Report of the King Institute of Preventive Medicine, Guindy
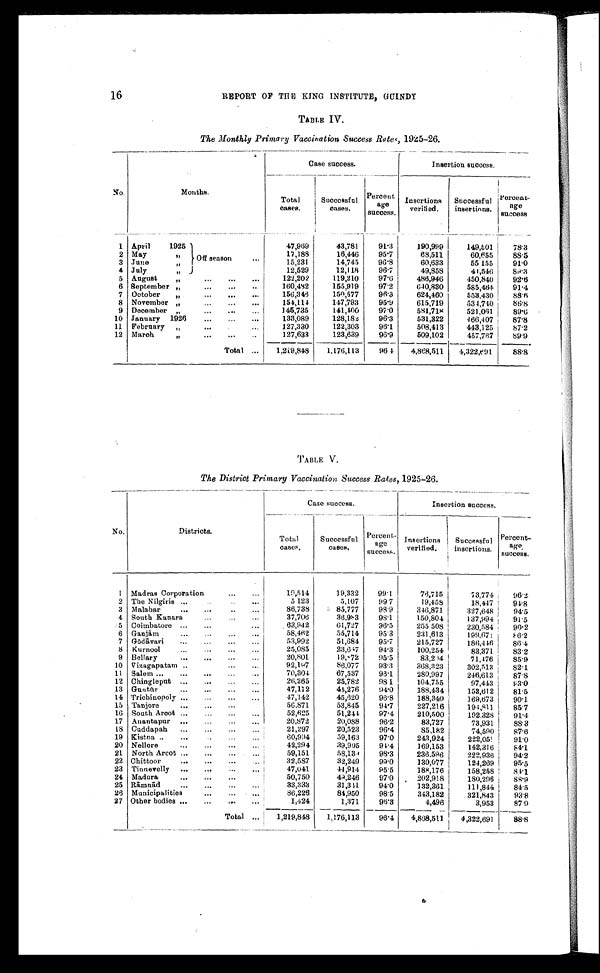
16
REPORT OF THE KING INSTITUTE, GUINDY
TABLE IV.
The Monthly Primary Vaccination Success Rates, 1925-26.
No.
Months.
Case success.
Insertion success.
Total
cases.
Successful
cases.
Percent-
age
success.
Insertions
verified.
Successful
insertions.
Percent-
age
success
1 April
1925
47,969
43,781
91.3
190,999
149,501
7 8 . 3
17,188
16,446
95.7
68,511
60,655
88.5
2 May " Off season . . .
14,745
96.8
60,633
55,155
91.0
15,231
3 June "
12,529
12,118
96.7
49,858
41,546
89.3
4 July "
122,202
119,210
97.6
486,946
450,840
92.6
5 August " . . .
155,919
9 7 . 2
640,830
585,464
91.4
6
160,482
September " . . .
150,577
96.3
624,460
553,430
88.6
156,346
7 October " . . .
8
147,793
95.9
615,719
534,740
86.8
154,114
November " . . .
145,735
97.0
581,718
521,061
89.6
141,400
9 December " . . .
10 January 1926 . . .
133,089
128,182
96.3
531,322
466,407
87.8
11 February " . . .
127,330
122,303
96.1
508,413
443,125
87.2
123,639
96.9
509,102
457,767
89.9
127,633
12 March " . . .
Total . . .
1,219,848
1,176,113
96.4
4,868,511
4,322,691
88.8
TABLE V.
The District Primary Vaccination Success Rates, 1925-26.
No.
Districts.
Case success.
Insertion success.
Total
cases.
Successful
cases.
Percent-
age success.
Insertions
verified.
Successful
insertions.
Percent-
age
success.
1 Madras Corporation . . .
19,514
19,332
99.1
76,715
73,774
96.2
5,107
9 9 . 7
19,458
18,447
94.8
5,123
2 The Nilgiris . . .
85,777
98.9
346,871
327,648
94.5
86,738
3 Malabar . . .
37,706
36,983
98.1
150,804
137,994
91.5
4 South Kanara . . .
63,942
61,727
96.5
255,508
230,584
90.2
5 Coimbatore . . .
58,462
55,714
95.3
231,613
199,671
86.2
6 Ganjām . . .
53,992
51,684
95.7
215,727
186,446
86.4
7 Gō dāvari . . .
25,085
23,647
94.3
100,254
83,371
83.2
8 Kurnool . . .
20,801
19,,72
95.5
83,294
71,476
85.9
9 Bellary . . .
10 Vizagapatam . . .
92,197
86,077
93.3
368,323
302,513
82.1
11 Salem . . .
70,304
67,537
98.1
280,997
246,613
8 7 . 8
26,265
25,782
98.1
104,755
97,443
93.0
12 Chingleput . . .
44,276
94.0
188,434
153,612
81.5
47,112
13 Guntū r . . .
45,620
96.8
188,340
169,673
90.1
14 Trichinopoly . . .
47,142
15 Tanjore . . .
56,871
53,845
94.7
227,216
194,811
85.7
16 South Arcot . . .
52,625
51,244
97.4
210,500
192,328
91.4
20,872
20,088
96.2
83,727
73,931
17 Anantapur . . .
88.3
20,523
96.4
85,182
74,590
87.6
21,297
18 Cuddapah . . .
19 Kistna . . .
60,994
59,163
97.0
243,924
222,05
91.0
20 Nellore . . .
42,294
39,905
94.4
169,153
142,316
84.1
98.3
236,596
222,936
94.2
59,151
58,139
21 North Arcot . . .
32,249
99.0
130,077
124,269
95.5
32,587
22 Chittoor . . .
23 Tinnevelly . . .
47,041
44,914
95.5
188,176
158,258
84.1
24 Madura . . .
50,750
49,246
97.0
202,918
180,296
88.9
111,844
84.5
33,333
31,341
94.0
132,361
25 Rāmnād . . .
343,182
26 Municipalities . . .
86,226
84,950
98.5
321,843
93.8
27 Other bodies . . .
1,424
1,371
96.3
4,496
3,953
87.9
Total . . .
1,219,848
1,176,113
96.4
4,868,511
4,322,691
88.8